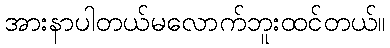
အားနာပါတယ်မလောက်ဘူးထင်တယ်။